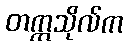
တက္ကသိုလ်က